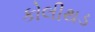
કોલીથડ